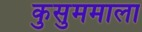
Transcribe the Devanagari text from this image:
कुसुममाला